Report on plague in the Punjab from October 1st ... to September 30th ..., being the ... season of plague in the province
Disease focus: Plague
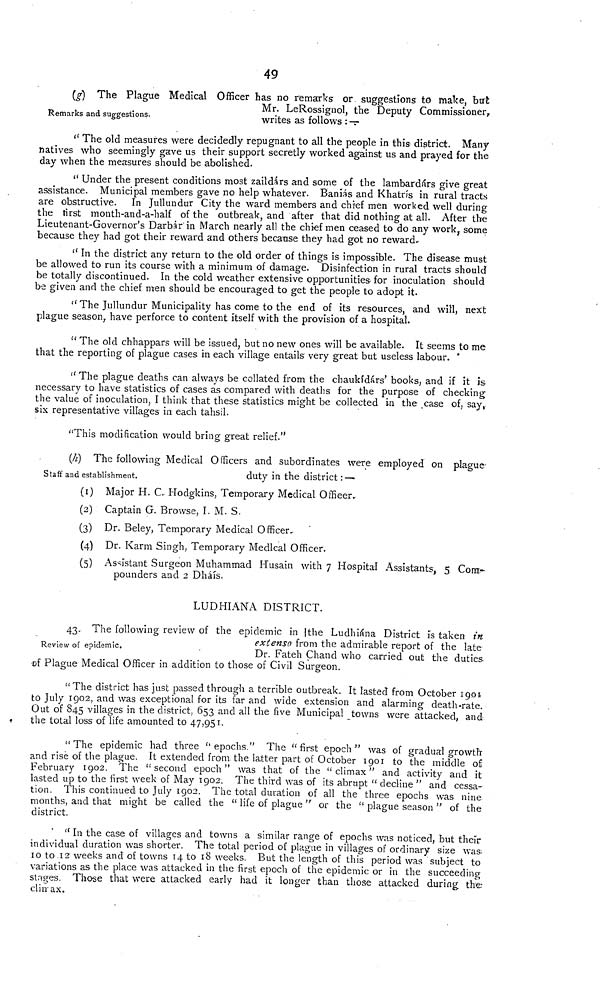
49
Remarks and suggestions.
(g) The Plague Medical Officer has no remarks or suggestions to make, but
Mr. LeRossignol, the Deputy Commissioner,
writes as follows :
" The old measures were decidedly repugnant to all the people in this district. Many
natives who seemingly gave us their support secretly worked against us and prayed for the
day when the measures should be abolished.
" Under the present conditions most zaildárs and some of the lambardárs give great
assistance. Municipal members gave no help whatever. Baníás and Khatris in rural tracts
are obstructive. In Jullundur City the ward members and chief men worked well during
the tirst month-and-a-half of the outbreak, and after that did nothing at all. After the
Lieutenant-Governor's Darbár in March nearly all the chief men ceased to do any work, some
because they had got their reward and others because they had got no reward.
" In the district any return to the old order of things is impossible. The disease must
be allowed to run its course with a minimum of damage. Disinfection in rural tracts should
be totally discontinued. In the cold weather extensive opportunities for inoculation should
be given and the chief men should be encouraged to get the people to adopt it.
" The Jullundur Municipality has come to the end of its resources, and will, next
plague season, have perforce to content itself with the provision of a hospital.
" The old chhappars will be issued, but no new ones will be available. It seems to me
that the reporting of plague cases in each village entails very great but useless labour.
" The plague deaths can always be collated from the chaukídárs' books, and if it is
necessary to have statistics of cases as compared with deaths for the purpose of checking
the value of inoculation, I think that these statistics might be collected in the case of, say,
six representative villages in each tahsil.
"This modification would bring great relief."
Staff and establishment.
(h) The following Medical Officers and subordinates were employed on plague
duty in the district : —
(i) Major H. C. Hodgkins, Temporary Medical Offieer.
(2) Captain G. Browse, I. M. S.
(3) Dr. Beley, Temporary Medical Officer..
(4) Dr. Karm Singh, Temporary Medical Officer.
(5) Assistant Surgeon Muhammad Husain with 7 Hospital Assistants, 5 Com-
pounders and 2 Dháís.
LUDHIANA DISTRICT.
Review of epidemic.
47. The following review of the epidemic in the Ludhiána District is taken in
extenso from the admirable report of the late
Dr. Fateh Chand who carried out the duties
of Plague Medical Officer in addition to those of Civil Surgeon.
"The district 1ms just passed through a terrible outbreak. It lasted from October 1901
to July 1902, and was exceptional for its far and wide extension and alarming death-rate.
Out of 845 villages in the district, 653 and all the five Municipal towns were attacked, and
the total loss of life amounted to 47,951.
"The epidemic had three "epochs." The "first epoch" was of gradual growth
and rise of the plague. It extended from the latter part of October 1901 to the middle of
February 1902. The "second epoch" was that of the "climax" and activity and it
lasted up to the first week of May 1902. The third was of its abrupt " decline " and cessa-
tion. This continued to July 1902. The total duration of all the three epochs was nine
months, and that might be called the " life of plague " or the " plague season " of the
district.
" In the case of villages and towns a similar range of epochs was noticed, but their
individual duration was shorter. The total period of plague in villages of ordinary size was.
10 to 12 weeks and of towns 14 to 18 weeks. But the length of this period was subject to
variations as the place was attacked in the first epoch of the epidemic or in the succeeding
stages. Those that were attacked early had it longer than those attacked during the
climax.